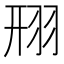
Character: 䍾